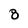
Character: 8